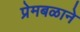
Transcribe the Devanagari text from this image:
प्रेमबळाने